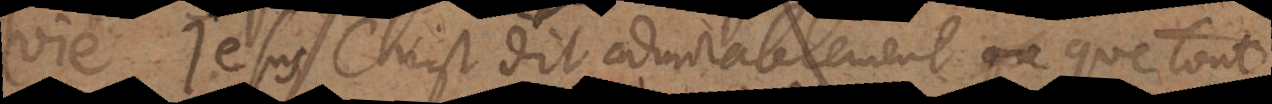
vie. Jesus Christ dit admirablement que tout